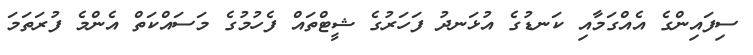
ސިފައިންގެ އެއްގަމާއި ކަނޑުގެ އުޅަނދު ފަހަރުގެ ޝީޓްތައް ފެހުމުގެ މަސައްކަތް އެންމެ ފުރަތަމަ